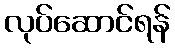
လုပ်ဆောင်ရန်